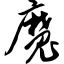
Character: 魔